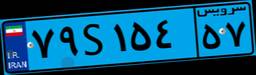
۸۵S۷۰۳۹۴